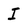
Character: I